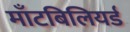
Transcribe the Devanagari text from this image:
माँटबिलियर्ड